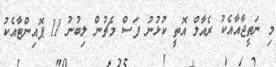
މި ނަތީޖާއާއެކު ރެއާލް އޮތީ ކުޅުނު ފަސް މެޗުން ލިބުނު 11 ޕޮއިންޓާއެކު